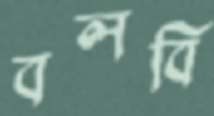
বলবি